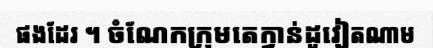
ផងដែរ ។ ចំណែកក្រុមតេក្វាន់ដូវៀតណាម